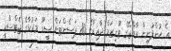
އެ ކުންފުނިން ރާއްޖޭގެ ޓޫރިޒަމް ދާއިރާގެ 80 ޕަސެންޓަށް ސީޑޫ މަރުކާގެ ޖެޓްސްކީ